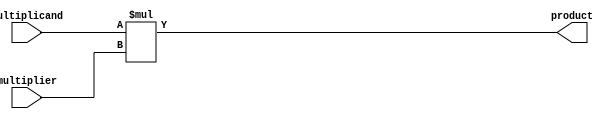
module booth_multiplier (
    input [31:0] multiplicand,
    input [31:0] multiplier,
    output reg [63:0] product
);

reg [31:0] a;
reg [31:0] b;
reg [63:0] partial_product;

always @(*) begin
    a = multiplicand;
    b = multiplier;
end

always @(*) begin
    partial_product = a * b;
end

always @(*) begin
    product = partial_product;
end

endmodule